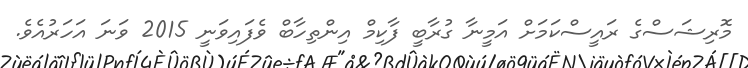
މޮރިޝަސްގެ ރައީސްކަމަށް އަމީނާ ގުރާބީ ފާކިމް އިންތިހާބް ވެފައިވަނީ 2015 ވަނަ އަހަރުއެވެ.